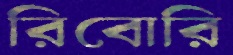
রিবোরি